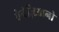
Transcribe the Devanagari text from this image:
वेनेज़िआनो